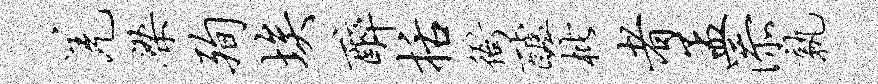
羌梁殉埃醉括衙醵枇者孟添孰